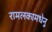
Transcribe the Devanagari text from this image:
रामलकामधेनु